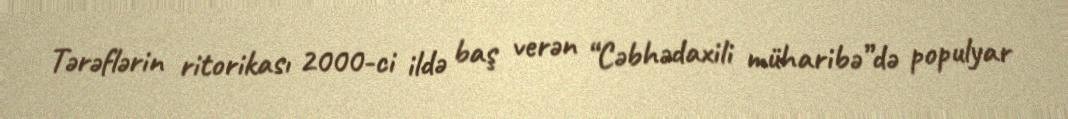
Tərəflərin ritorikası 2000-ci ildə baş verən “Cəbhədaxili müharibə”də populyar